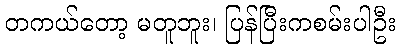
တကယ်တော့ မတူဘူး၊ ပြန်ပြီးကစမ်းပါဦး